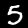
Digit: 5